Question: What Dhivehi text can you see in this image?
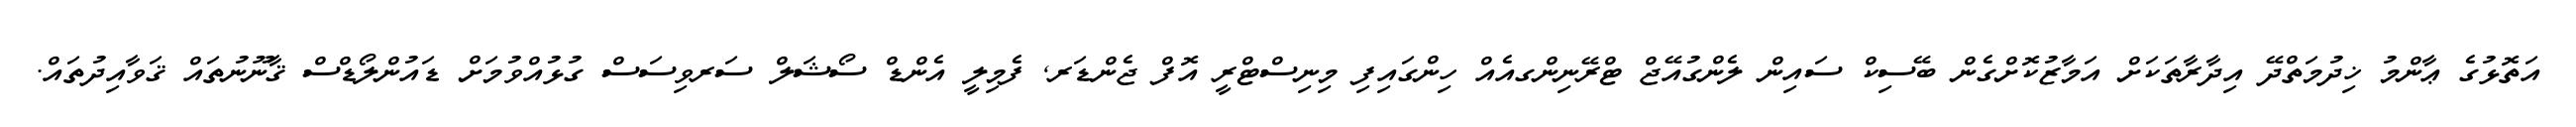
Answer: އަތޮޅުގެ ޢާންމު ޚިދުމަތްދޭ އިދާރާތަކަށް އަމާޒުކޮށްގެން ބޭސިކް ސައިން ލެންގުއޭޖް ޓްރޭނިންގއެއް ހިންގައިފި މިނިސްޓްރީ އޮފް ޖެންޑަރ, ފެމިލީ އެންޑް ސޯޝަލް ސަރވިސަސް ގުޅުއްވުމަށް ޑައުންލޯޑްސް ޤާނޫނުތައް ޤަވާއިދުތައް.